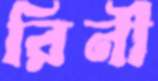
রিনী